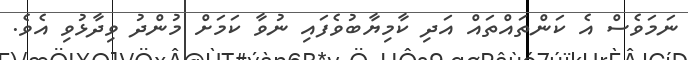
ނަމަވެސް އެ ކަންތައްތައް އަދި ކާމިޔާބުވެފައި ނުވާ ކަމަށް މުންދު ވިދާޅުވި އެވެ.